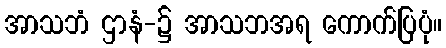
အာသဘံ ဌာနံ-၌ အာသဘအရ ကောက်ပြပုံ။